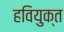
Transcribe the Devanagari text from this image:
हवियुक्त